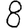
Digit: 8